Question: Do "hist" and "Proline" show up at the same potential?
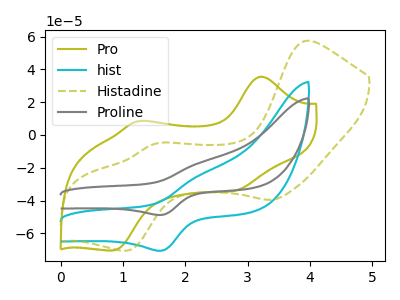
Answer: <think>The olive curve "Pro" has anodic peaks at (3.20V, 35.50uA) (1.25V, 8.40uA) and cathodic peaks at (2.80V, -33.95uA) (0.85V, -70.45uA). The cyan curve "hist" has an anodic peak at (2.20V, -24.90uA) and a cathodic peak at (1.60V, -70.65uA). The olive dashed curve "Histadine" has anodic peaks at (3.95V, 57.35uA) (1.50V, -5.50uA) and cathodic peaks at (3.40V, -39.55uA) (1.05V, -70.55uA). The gray curve "Proline" has an anodic peak at (2.20V, -17.20uA) and a cathodic peak at (1.60V, -48.85uA).
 All the peaks in "hist" have a peak in "Proline" at the same potential.</think>
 <answer>"hist" and "Proline" are similar in shape.</answer>
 <eval>same_shape</eval>